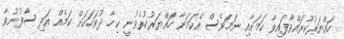
ހައްޔަރުކުރައްވާފައިވާ ކަމަށާއި ނަމަވެސް އެކަމަނާ ހައްޔަރުކުރެވުނީ ކިހާ ދުވަހަކަށް ކަމެއް އަދި ސާފުނުވާ